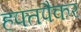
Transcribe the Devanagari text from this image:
हफ्तपैकर